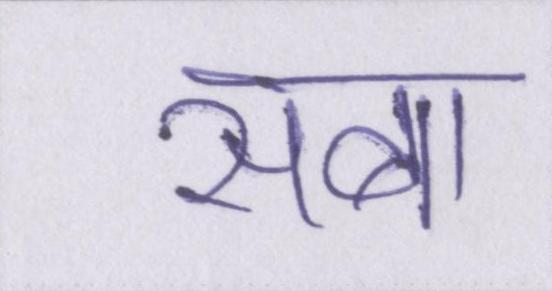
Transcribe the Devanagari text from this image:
सबा